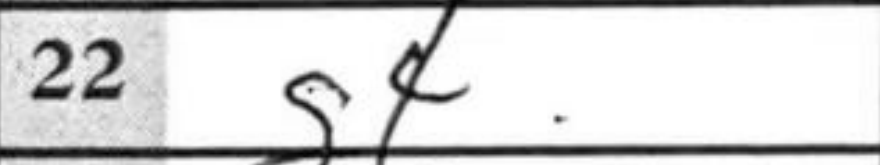
Transcription: g4